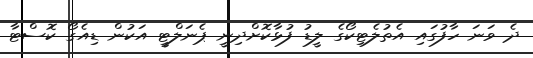
ދެ ވަނަ ހާފުގައި އެތުލެޓިކޯގެ ލީޑު ފުޅާކޮށްދިނީ ޕެނަލްޓީ އަކުން ޑިއެގޯ ކޮސްޓާ